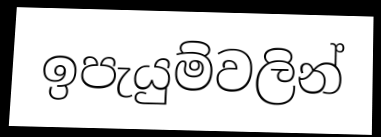
ඉපැයුම්වලින්